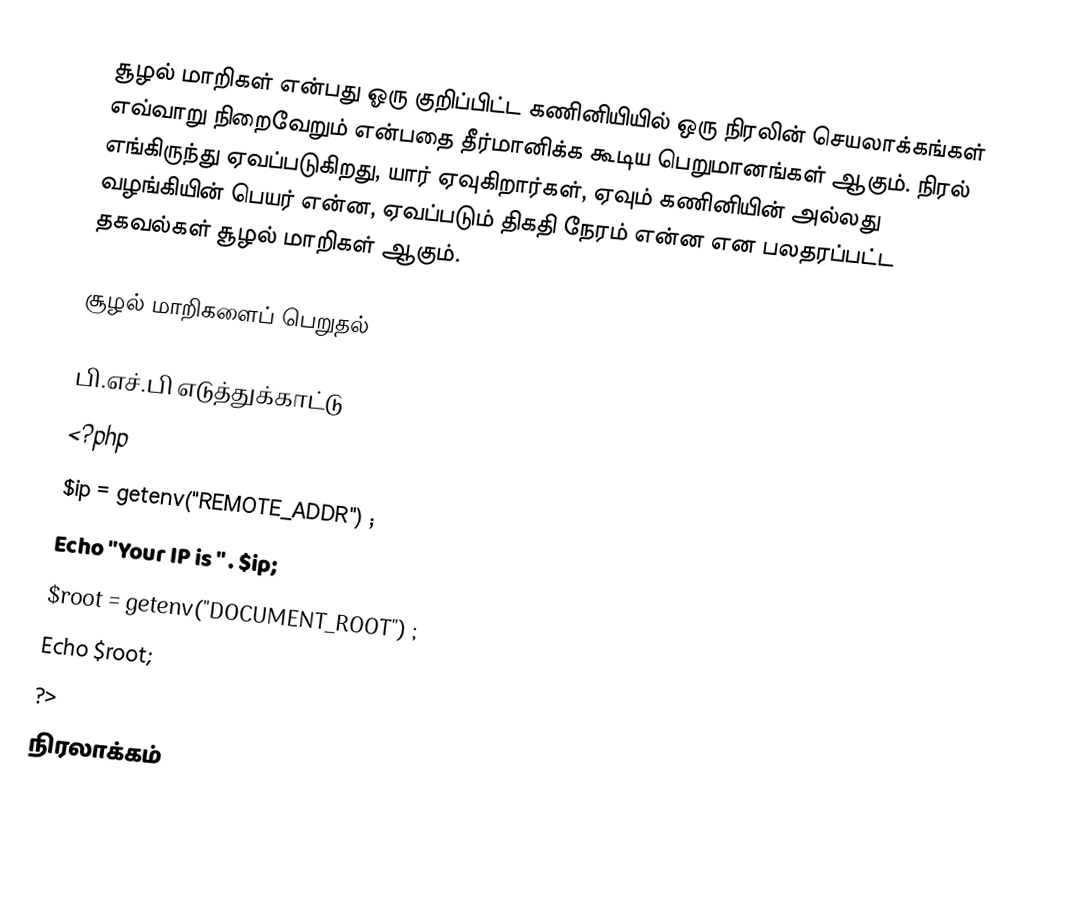
சூழல் மாறிகள் என்பது ஓரு குறிப்பிட்ட கணினியியில் ஒரு நிரலின் செயலாக்கங்கள் எவ்வாறு நிறைவேறும் என்பதை தீர்மானிக்க கூடிய பெறுமானங்கள் ஆகும்.  நிரல் எங்கிருந்து ஏவப்படுகிறது, யார் ஏவுகிறார்கள், ஏவும் கணினியின் அல்லது வழங்கியின் பெயர் என்ன, ஏவப்படும் திகதி நேரம் என்ன என பலதரப்பட்ட தகவல்கள் சூழல் மாறிகள் ஆகும்.

சூழல் மாறிகளைப் பெறுதல்

பி.எச்.பி எடுத்துக்காட்டு
<?php
$ip = getenv("REMOTE_ADDR") ;
Echo "Your IP is " . $ip;
$root = getenv("DOCUMENT_ROOT") ;
Echo $root;
?>
நிரலாக்கம்